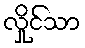
လှိုင်သာ